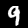
Digit: 9